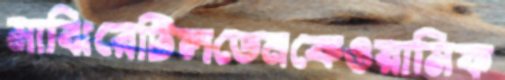
মাঝিরেটিলডেনকেওয়ামিফ